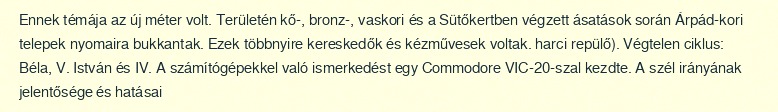
Ennek témája az új méter volt. Területén kő-, bronz-, vaskori és a Sütőkertben végzett ásatások során Árpád-kori telepek nyomaira bukkantak. Ezek többnyire kereskedők és kézművesek voltak. harci repülő). Végtelen ciklus: Béla, V. István és IV. A számítógépekkel való ismerkedést egy Commodore VIC-20-szal kezdte. A szél irányának jelentősége és hatásai